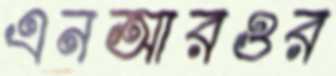
এনআরওর